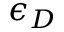
\epsilon _ { D }